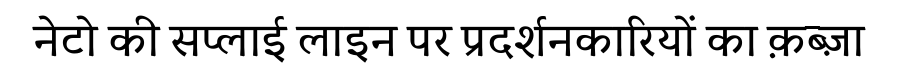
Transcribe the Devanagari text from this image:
नेटो की सप्लाई लाइन पर प्रदर्शनकारियों का क़ब्ज़ा